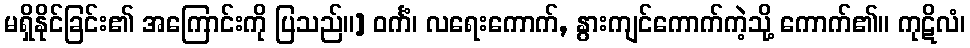
မရှိနိုင်ခြင်း၏ အကြောင်းကို ပြသည်။] ဝင်္ကံ၊ လရေးကောက်, နွားကျင်ကောက်ကဲ့သို့ ကောက်၏။ ကုဋိလံ၊